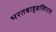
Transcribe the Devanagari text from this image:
भरतबाहुबलिरास